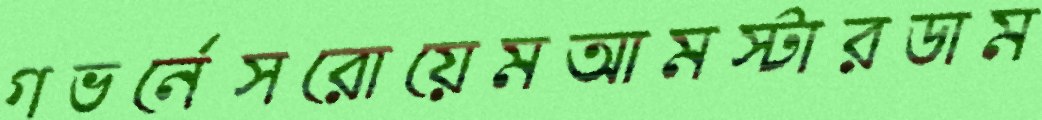
গভর্নেসরোয়েমআমস্টারডাম